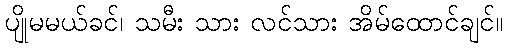
ပျိုမမယ်ခင်၊ သမီး သား လင်သား အိမ်ထောင်ချင်။